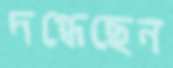
দগ্ধেছেন